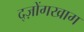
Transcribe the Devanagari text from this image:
द्ज़ोंगखाग